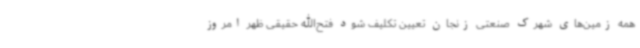
همه زمین‌های شهرک صنعتی زنجان تعیین تکلیف شود فتح‌الله حقیقی ظهر امروز